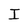
Character: I